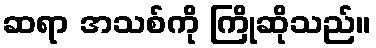
ဆရာ အသစ်ကို ကြိုဆိုသည်။